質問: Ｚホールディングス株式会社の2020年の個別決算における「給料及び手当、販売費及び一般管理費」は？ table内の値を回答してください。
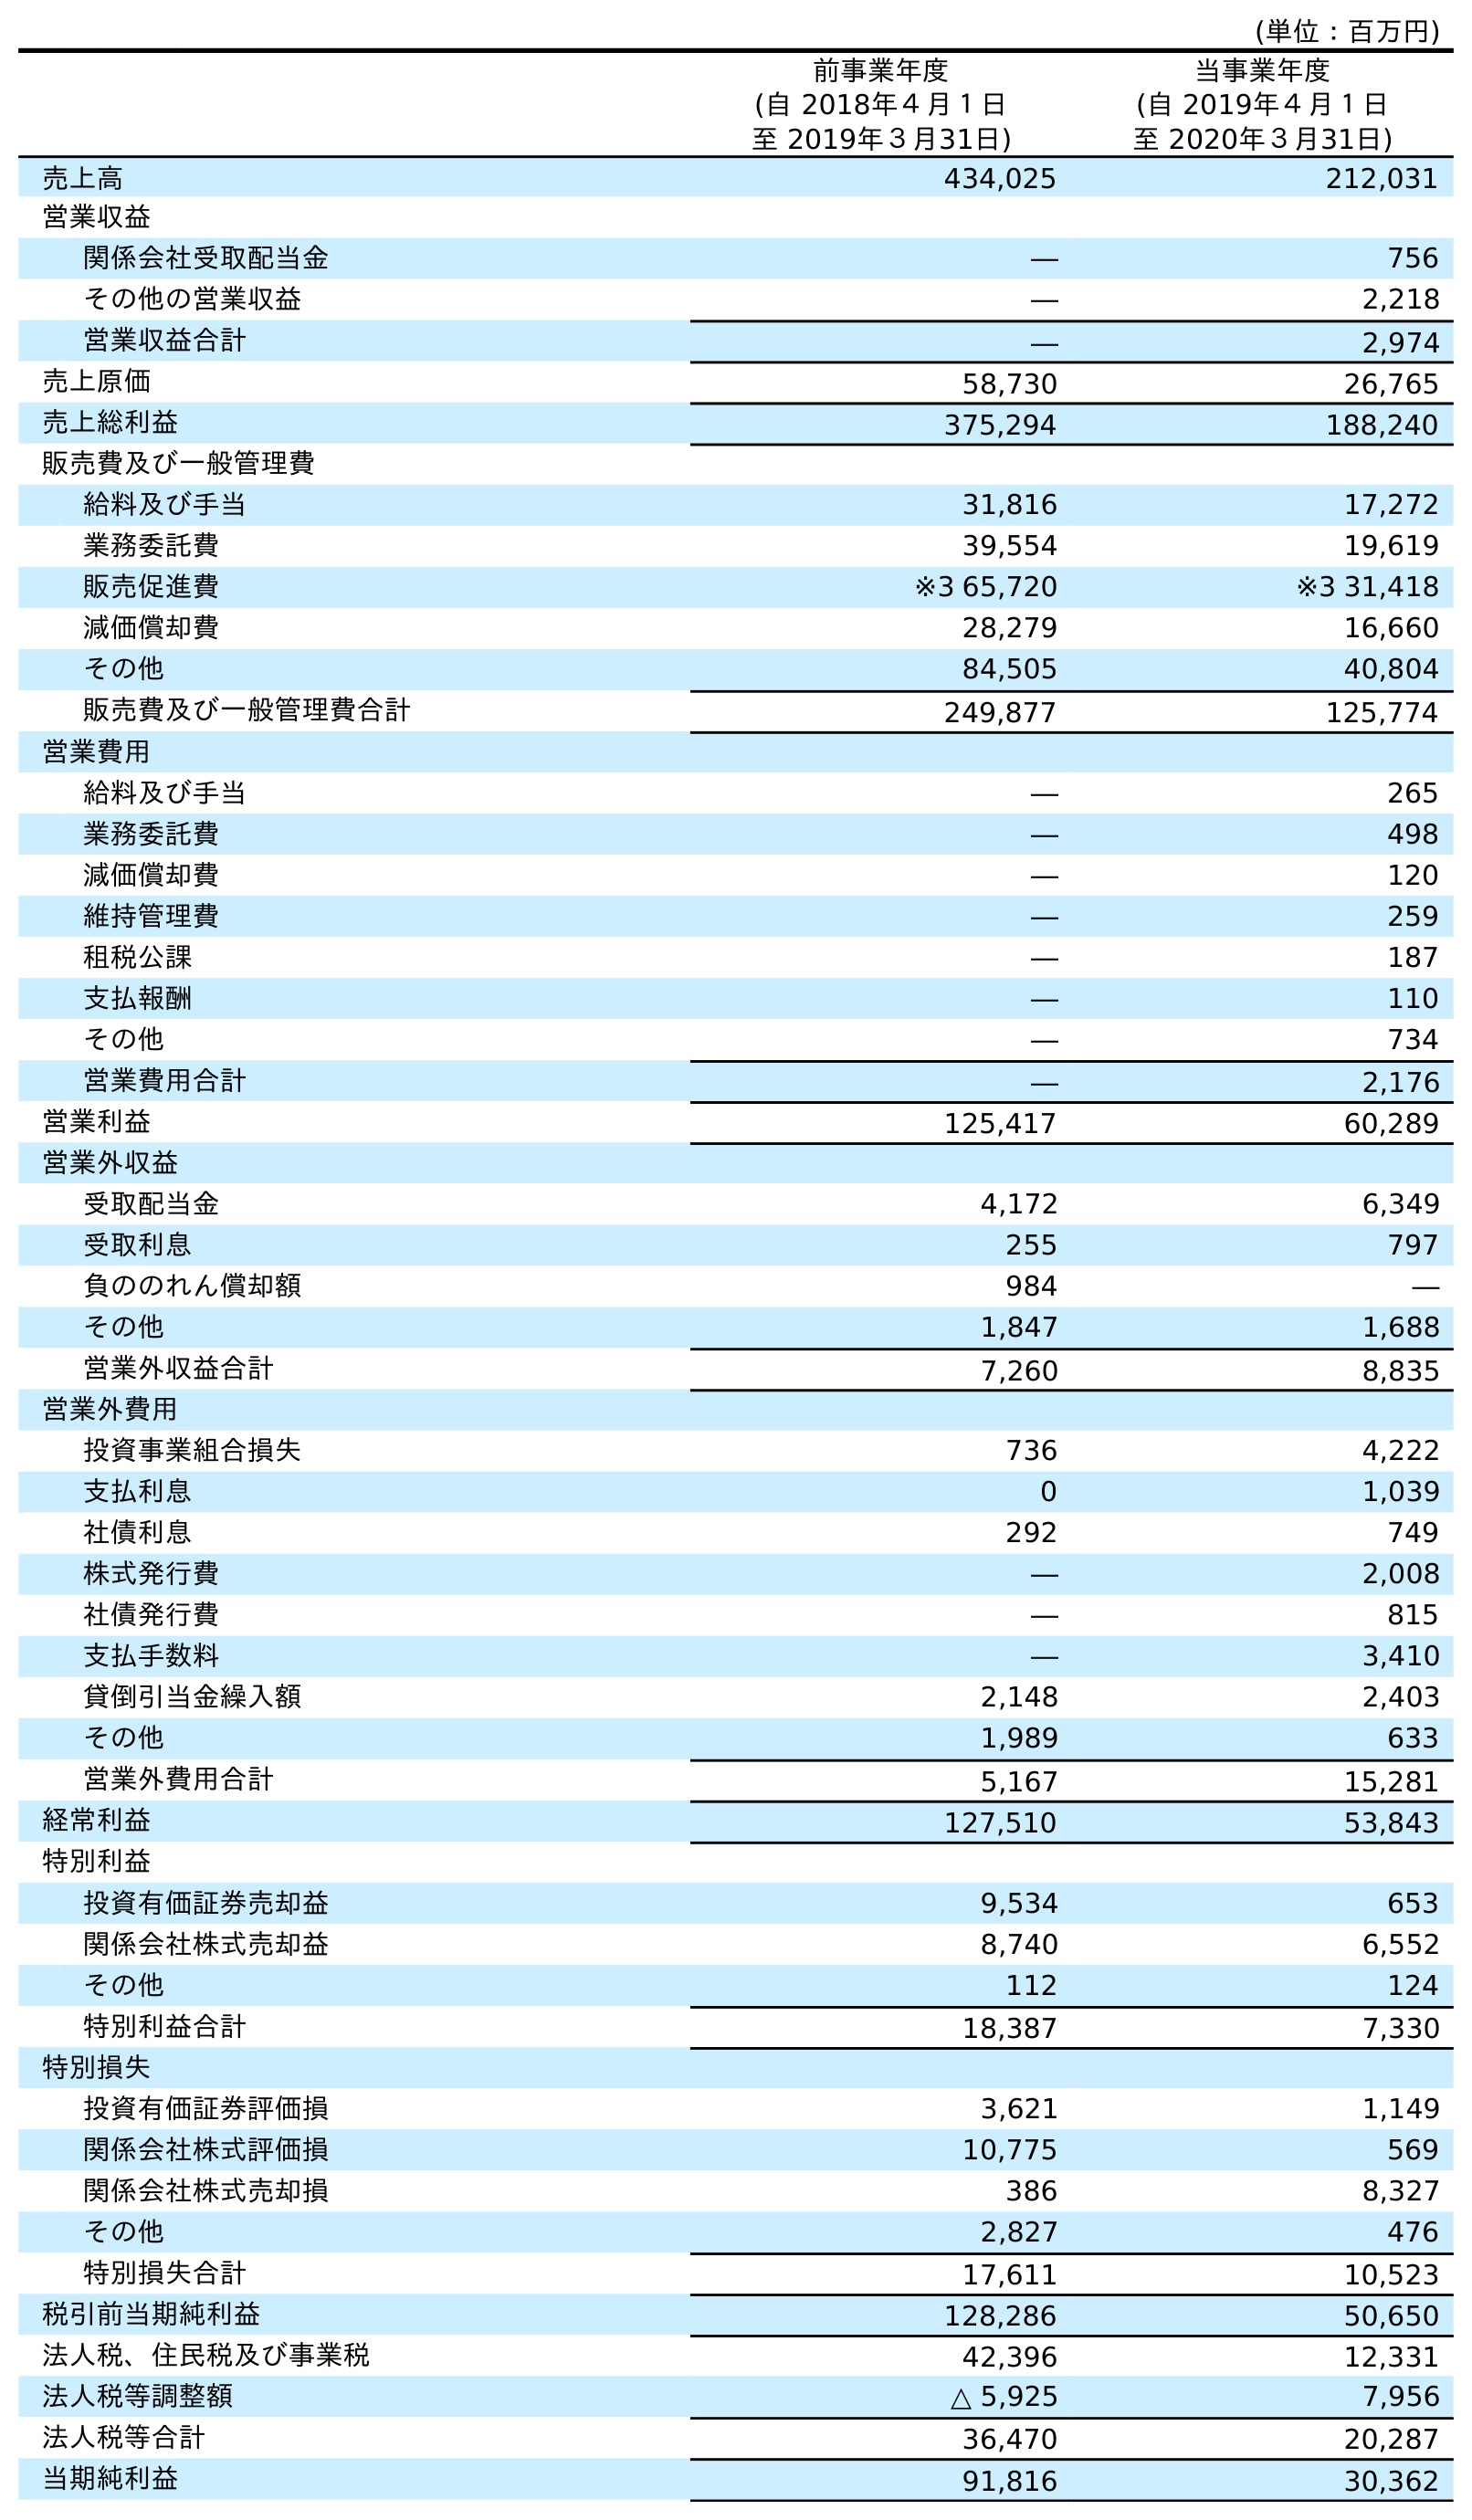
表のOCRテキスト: (単位：百万円) 前事業年度 (自 2018年４月１日 至 2019年３月31日) 当事業年度 (自 2019年４月１日 至 2020年３月31日) 売上高 434,025 212,031 営業収益 関係会社受取配当金 ― 756 その他の営業収益 ― 2,218 営業収益合計 ― 2,974 売上原価 58,730 26,765 売上総利益 375,294 188,240 販売費及び一般管理費 給料及び手当 31,816 17,272 業務委託費 39,554 19,619 販売促進費 ※3 65,720 ※3 31,418 減価償却費 28,279 16,660 その他 84,505 40,804 販売費及び一般管理費合計 249,877 125,774 営業費用 給料及び手当 ― 265 業務委託費 ― 498 減価償却費 ― 120 維持管理費 ― 259 租税公課 ― 187 支払報酬 ― 110 その他 ― 734 営業費用合計 ― 2,176 営業利益 125,417 60,289 営業外収益 受取配当金 4,172 6,349 受取利息 255 797 負ののれん償却額 984 ― その他 1,847 1,688 営業外収益合計 7,260 8,835 営業外費用 投資事業組合損失 736 4,222 支払利息 0 1,039 社債利息 292 749 株式発行費 ― 2,008 社債発行費 ― 815 支払手数料 ― 3,410 貸倒引当金繰入額 2,148 2,403 その他 1,989 633 営業外費用合計 5,167 15,281 経常利益 127,510 53,843 特別利益 投資有価証券売却益 9,534 653 関係会社株式売却益 8,740 6,552 その他 112 124 特別利益合計 18,387 7,330 特別損失 投資有価証券評価損 3,621 1,149 関係会社株式評価損 10,775 569 関係会社株式売却損 386 8,327 その他 2,827 476 特別損失合計 17,611 10,523 税引前当期純利益 128,286 50,650 法人税、住民税及び事業税 42,396 12,331 法人税等調整額 △ 5,925 7,956 法人税等合計 36,470 20,287 当期純利益 91,816 30,362
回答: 17,272